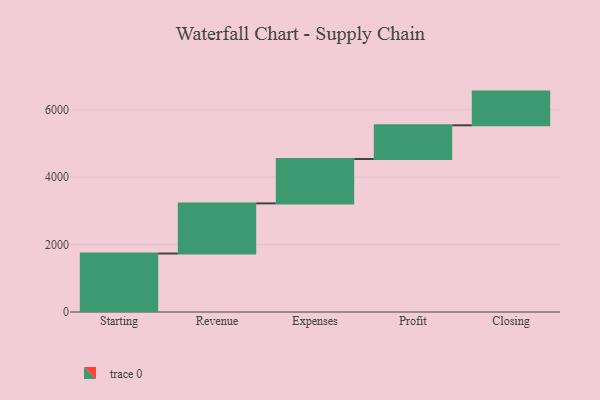
{"axis": {"x": "Step", "y": "Value"}, "legend": [""], "data": [{"x": "Starting", "y": 1735.0, "type": ""}, {"x": "Revenue", "y": 1487.0, "type": ""}, {"x": "Expenses", "y": 1316.0, "type": ""}, {"x": "Profit", "y": 1000, "type": ""}, {"x": "Closing", "y": 1000, "type": ""}]}